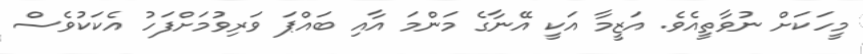
މީހަކަށް ނުވާތީއެވެ. އަޒީމާ އަކީ އޭނާގެ މަންމަ އާއި ބައްޕަ ވަރިވުމަށްފަހު އެކަކުވެސް